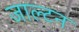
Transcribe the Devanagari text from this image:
जाल्‍टन